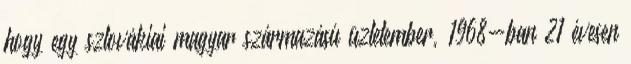
hogy egy szlovákiai magyar származású üzletember, 1968-ban 21 évesen